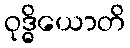
ဝုဒ္ဓိယောတိ